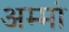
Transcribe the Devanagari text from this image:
अम्मां